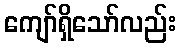
ကျော်ရှိသော်လည်း